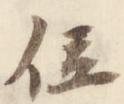
位